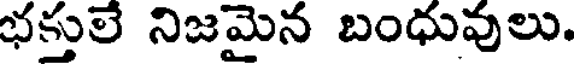
భక్తులే నిజమైన బంధువులు.